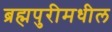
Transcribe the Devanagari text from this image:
ब्रह्मपुरीमधील